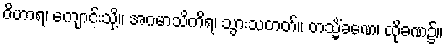
ဝိဟာရ၊ ကျောင်းသို့။ အဂမာသိကိရ၊ သွားသတတ်။ တသ္မိံခဏေ၊ ထိုခဏ၌။